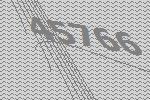
45766